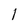
Character: l